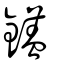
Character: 鑉